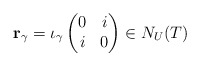
\begin{align*}\mathbf r_{\gamma}=\iota_{\gamma}\begin{pmatrix} 0 & i \\ i & 0\end{pmatrix}\in N_{ U}( T)\end{align*}